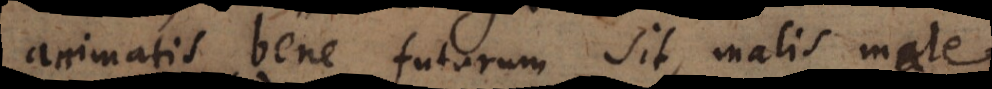
animatis bene futurum sit, malis male.